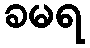
ခမရ